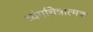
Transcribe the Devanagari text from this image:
व्यंगचित्रात्मक